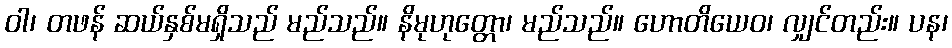
ဝါ၊ တဖန် ဆယ်နှစ်မရှိသည် မည်သည်။ နိမုဟုတ္တော၊ မည်သည်။ ဟောတိယေဝ၊ လျှင်တည်း။ ပန၊